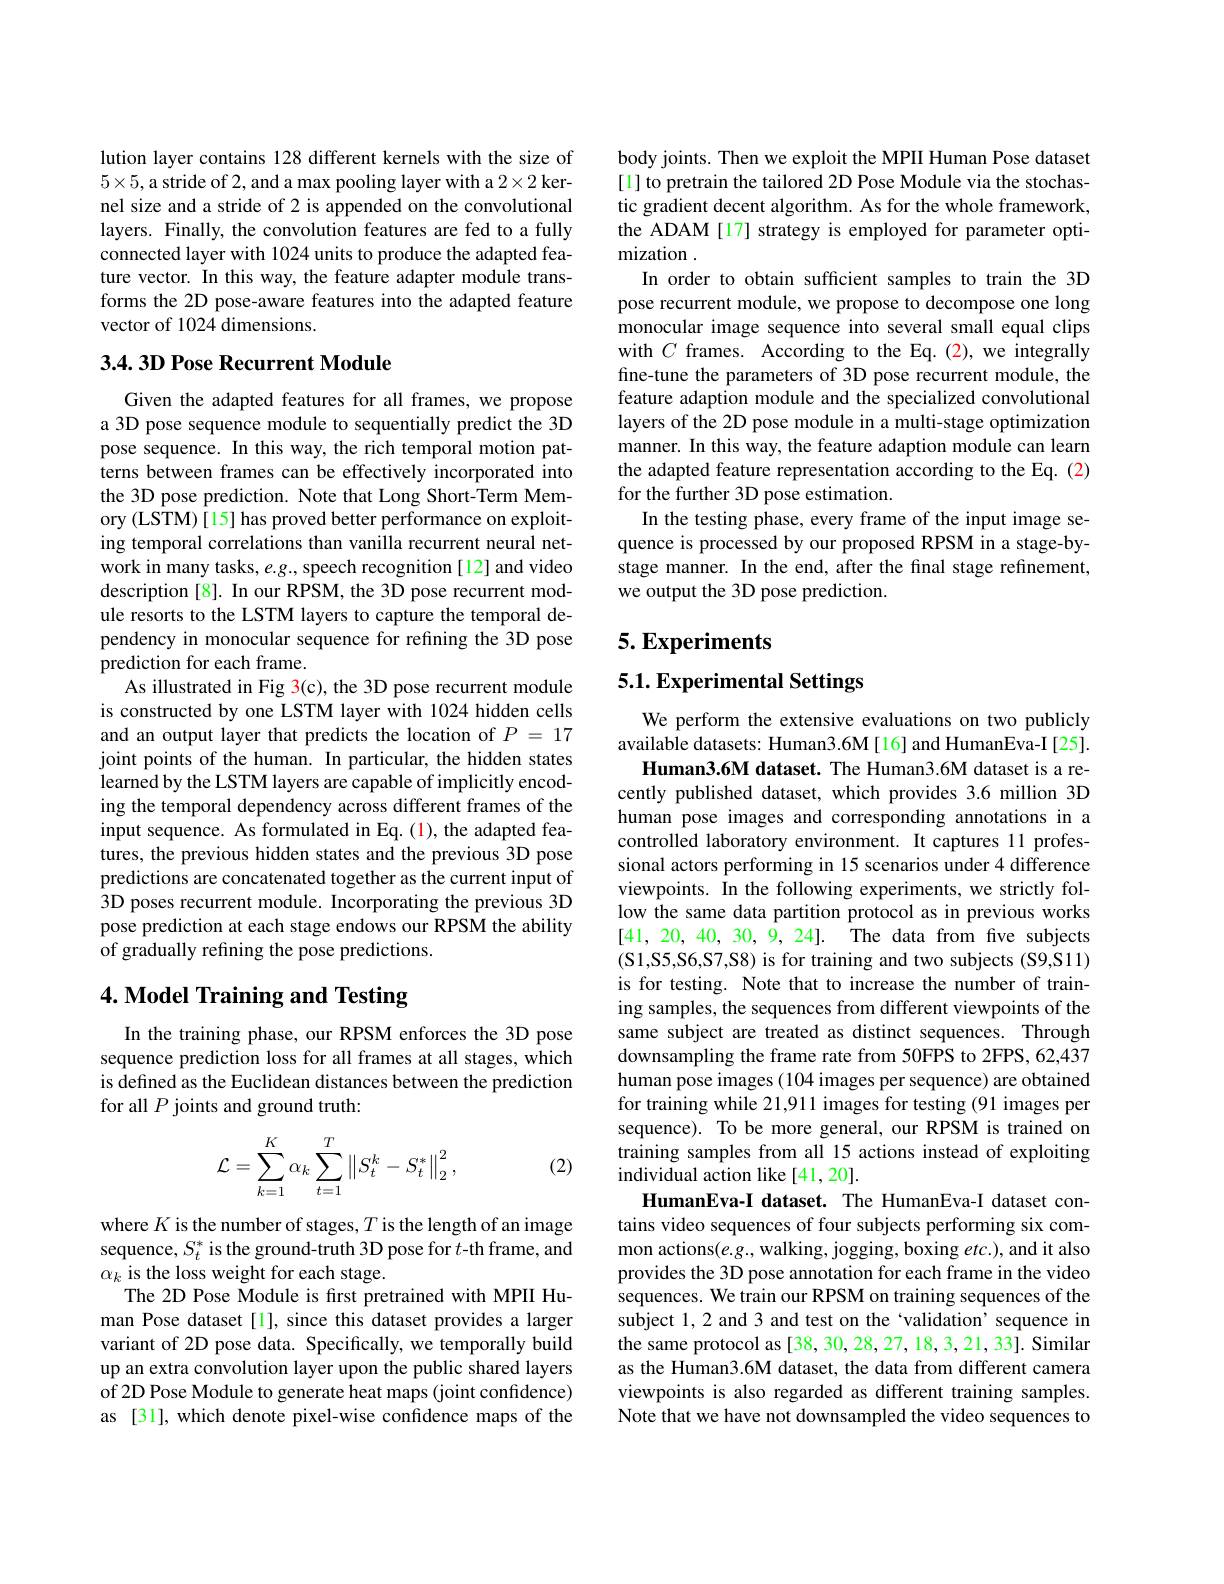
lution layer contains 128 different kernels with the size of $5\times5$, a stride of 2, and a max pooling layer with a 2$\times2$ kernel size and a stride of 2 is appended on the convolutional layers. Finally, the convolution features are fed to a fully connected layer with 1024 units to produce the adapted feature vector. In this way, the feature adapter module transforms the 2D pose-aware features into the adapted feature vector of 1024 dimensions.

### 3.4. 3D Pose Recurrent Module

Given the adapted features for all frames, we propose a 3D pose sequence module to sequentially predict the 3D pose sequence. In this way, the rich temporal motion patterns between frames can be effectively incorporated into the 3D pose prediction. Note that Long Short-Term Memory (LSTM) [15] has proved better performance on exploiting temporal correlations than vanilla recurrent neural network in many tasks, e.g., speech recognition[12] and video description [8]. In our RPSM, the 3D pose recurrent module resorts to the LSTM layers to capture the temporal dependency in monocular sequence for refining the 3D pose prediction for each frame.
As illustrated in Fig 3(c), the 3D pose recurrent module is constructed by one LSTM layer with 1024 hidden cells and an output layer that predicts the location of $P=17$ joint points of the human. In particular, the hidden states learned by the LSTM layers are capable of implicitly encoding the temporal dependency across different frames of the input sequence. As formulated in Eq.(1), the adapted features, the previous hidden states and the previous 3D pose predictions are concatenated together as the current input of 3D poses recurrent module. Incorporating the previous 3D pose prediction at each stage endows our RPSM the ability of gradually refining the pose predictions.

# 4. Model Training and Testing

In the training phase, our RPSM enforces the 3D pose sequence prediction loss for all frames at all stages, which is defined as the Euclidean distances between the prediction for all $P$ joints and ground truth:
$$\mathcal{L}=\sum\limits_{k=1}^K\alpha_k\sum\limits_{t=1}^T\left\|S_t^k-S_t^*\right\|_2^2,$$
(2)

where $K$ is the number of stages, $T$ is the length of an image sequence, $S_t^*$ is the ground-truth 3D pose for $t$-th frame, and $\alpha_k$ is the loss weight for each stage.
The 2D Pose Module is frst pretrained with MPII Human Pose dataset [1], since this dataset provides a larger variant of 2D pose data. Specifically, we temporally build up an extra convolution layer upon the public shared layers of 2D Pose Module to generate heat maps (joint confidence) as [31], which denote pixel-wise confidence maps of the

body joints. Then we exploit the MPII Human Pose dataset [1] to pretrain the tailored 2D Pose Module via the stochastic gradient decent algorithm. As for the whole framework, the ADAM [17] strategy is employed for parameter optimization .
In order to obtain sufficient samples to train the 3D pose recurrent module, we propose to decompose one long monocular image sequence into several small equal clips with $C$ frames. According to the Eq.(2),we integrally fine-tune the parameters of 3D pose recurrent module, the feature adaption module and the specialized convolutional layers of the 2D pose module in a multi-stage optimization manner. In this way, the feature adaption module can learn the adapted feature representation according to the Eq. (2) for the further 3D pose estimation.
In the testing phase, every frame of the input image sequence is processed by our proposed RPSM in a stage-bystage manner. In the end, after the final stage refinement, we output the 3D pose prediction.

## $5. \textbf{Experiments}$

5.1. Experimental Settings

We perform the extensive evaluations on two publicly available datasets: Human3.6M[16] and HumanEva-I[25].
Human3.6M dataset. The Human3.6M dataset is a recently published dataset, which provides 3.6 million 3D human pose images and corresponding annotations in a controlled laboratory environment. It captures 11 professional actors performing in 15 scenarios under 4 difference viewpoints. In the following experiments, we strictly follow the same data partition protocol as in previous works [41, 20, 40, 30, 9, 24]. The data from five subjects (S1,S5,S6,S7,S8) is for training and two subjects (S9,S11) is for testing. Note that to increase the number of training samples, the sequences from different viewpoints of the same subject are treated as distinct sequences. Through downsampling the frame rate from 50FPS to 2FPS, 62,437 human pose images (104 images per sequence) are obtained for training while 21,911 images for testing (91 images per sequence). To be more general, our RPSM is trained on training samples from all 15 actions instead of exploiting individual action like [41,20].
HumanEva-I dataset. The HumanEva-I dataset contains video sequences of four subjects performing six common actions$(e.g.$,walking, jogging, boxing $etc.)$, and it also provides the 3D pose annotation for each frame in the video sequences. We train our RPSM on training sequences of the subject 1,2 and 3 and test on the `validation' sequence in the same protocol as [38, 30, 28, 27, 18, 3, 21, 33]. Similar as the Human3.6M dataset, the data from different camera viewpoints is also regarded as different training samples. Note that we have not downsampled the video sequences to